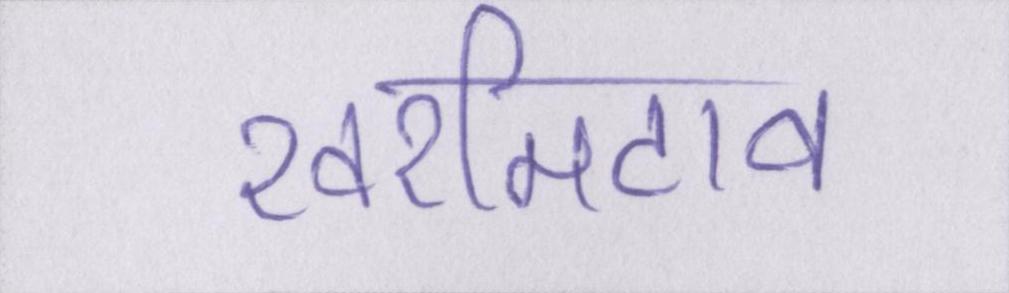
खरमिटाव